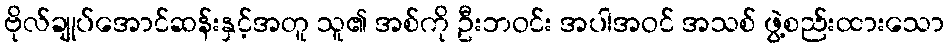
ဗိုလ်ချုပ်အောင်ဆန်းနှင့်အတူ သူ၏ အစ်ကို ဦးဘဝင်း အပါအဝင် အသစ် ဖွဲ့စည်းထားသော